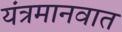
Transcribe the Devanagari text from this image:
यंत्रमानवात